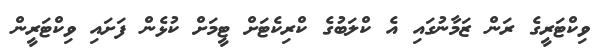
ވިކްޓަރީގެ ރަން ޒަމާނުގައި އެ ކްލަބުގެ ކްރިކެޓަށް ޓީމަށް ކުޅެން ފަށައި ވިކްޓަރީން